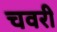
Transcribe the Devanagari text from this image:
चवरी